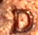
D